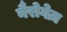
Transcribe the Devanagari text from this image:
नैरोगेज़